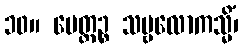
၁၀။ မေတ္တဉ္စ သဗ္ဗလောကသ္မိံ၊